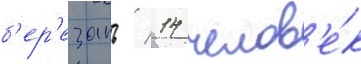
б'ер'езань / 14 челов'е́к